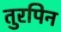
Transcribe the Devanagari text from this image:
तुरपिन